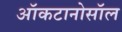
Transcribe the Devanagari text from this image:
ऑकटानोसॉल